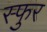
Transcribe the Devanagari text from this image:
स्‍फुर